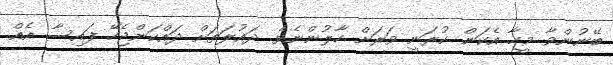
ބޭނުންވާ މީހާ އެކަން ކުރަނީ ވަރަށް ހާލުންނެވެ. ދައުލަތަށް ދައްކަންޖެހޭ ފައިސާ އެއް